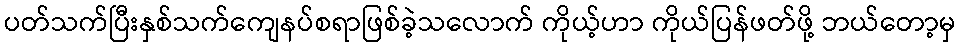
ပတ်သက်ပြီးနှစ်သက်ကျေနပ်စရာဖြစ်ခဲ့သလောက် ကိုယ့်ဟာ ကိုယ်ပြန်ဖတ်ဖို့ ဘယ်တော့မှ